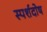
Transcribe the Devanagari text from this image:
स्पर्शदोष